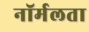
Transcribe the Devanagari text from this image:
नॉर्मलता